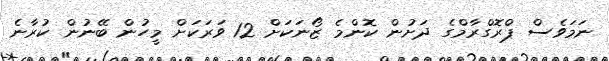
ނަމަވެސް ޕްރޮގްރާމްގެ ދަށުން ކޮންމެ ޒޯނަކަށް 12 ވަރަކަށް މީހުން ބޭނުން ކުރާނެ